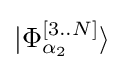
|{\Phi _{\alpha _{2}}^{[3..N]}}\rangle